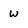
Character: w